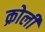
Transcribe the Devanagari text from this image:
क्रोली